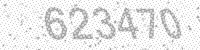
Solution: 623470